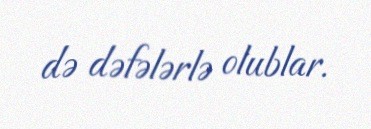
də dəfələrlə olublar.